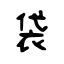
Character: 袋